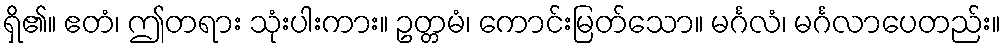
ရှိ၏။ ဧတံ၊ ဤတရား သုံးပါးကား။ ဥတ္တမံ၊ ကောင်းမြတ်သော။ မင်္ဂလံ၊ မင်္ဂလာပေတည်း။